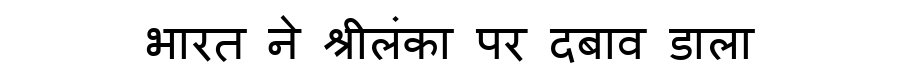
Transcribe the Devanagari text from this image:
भारत ने श्रीलंका पर दबाव डाला